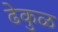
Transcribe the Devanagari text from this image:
ढेकुळ